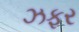
ઝફર